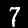
Digit: 7